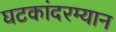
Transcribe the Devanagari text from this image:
घटकांदरम्यान